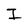
Character: I